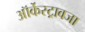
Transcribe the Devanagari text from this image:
ऑर्केस्ट्रावजा